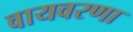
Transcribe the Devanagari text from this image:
वायवरणा